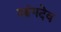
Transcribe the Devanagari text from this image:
आंगदेव